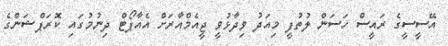
އޭސީސީގެ ރައީސް ހަސަން ލުތުފީ މިއަދު ވިދާޅުވީ ޖީއެމްއާރަށް އެއާޕޯޓް ދިނުމުގައި ކޮރަޕްޝަންގެ